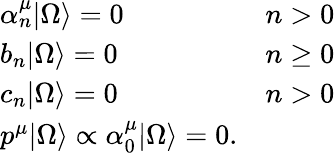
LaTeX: \left.\begin{array}{lc}{{\alpha_{n}^{\mu}|\Omega\rangle=0}}&{{n>0}}\\ {{b_{n}|\Omega\rangle=0}}&{{n\ge 0}}\\ {{c_{n}|\Omega\rangle=0}}&{{n>0}}\\ {{p^{\mu}|\Omega\rangle\propto\alpha_{0}^{\mu}|\Omega\rangle=0.}}&{{}}\end{array}\right.